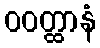
ဝဝတ္ထာနံ